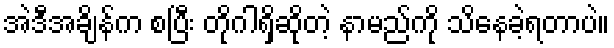
အဲဒီအချိန်က စပြီး တိုဂါရှိဆိုတဲ့ နာမည်ကို သိနေခဲ့ရတာပဲ။